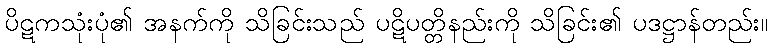
ပိဋကသုံးပုံ၏ အနက်ကို သိခြင်းသည် ပဋိပတ္တိနည်းကို သိခြင်း၏ ပဒဋ္ဌာန်တည်း။